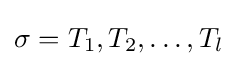
\sigma =T_{1},T_{2},\dotsc ,T_{l}